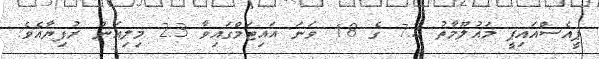
ޕީއެސްއައިޕީ މައުލޫމާތު 7.2 ގެ 18 ވަނަ އައިޓަމްގައިވާ 2.3 މިލިއަން ރުފިޔާއެވެ.